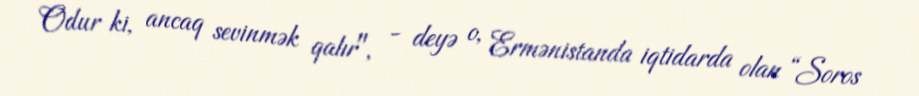
Odur ki, ancaq sevinmək qalır", - deyə o, Ermənistanda iqtidarda olan “Soros